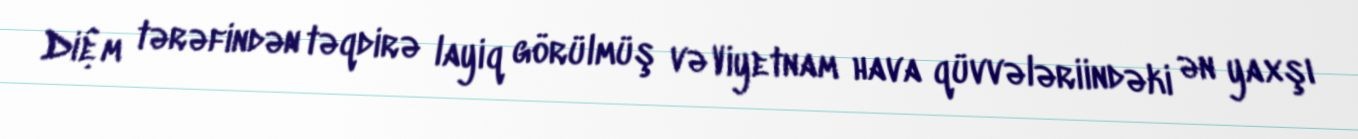
Diệm tərəfindən təqdirə layiq görülmüş və Viyetnam hava qüvvələriindəki ən yaxşı